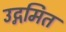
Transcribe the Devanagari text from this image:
उद्गमित